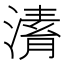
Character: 𣼌